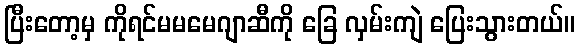
ပြီးတော့မှ ကိုရင်မမမေဂျာဆီကို ခြေ လှမ်းကျဲ ပြေးသွားတယ်။